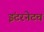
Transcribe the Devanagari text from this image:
इंटरनेटचं